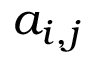
a _ { i , j }